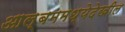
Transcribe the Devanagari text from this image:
आल्बममध्येदेखील